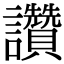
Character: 讚